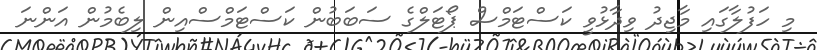
މި ހަފުލާގައި މާޖިދު ވިދާޅުވީ ކަސްޓަމްސް ޕޯޓަލްގެ ސަބަބުން ކަސްޓަމްސްއިން ލިބެމުން އަންނަ